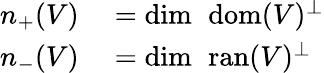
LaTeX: \begin{array}{rl}{n_{+}(V)}&{{}=\dim\ \operatorname{dom}(V)^{\perp}}\\ {n_{-}(V)}&{{}=\dim\ \operatorname{ran}(V)^{\perp}}\end{array}